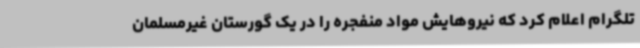
تلگرام اعلام کرد که نیروهایش مواد منفجره را در یک گورستان غیرمسلمان